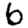
Digit: 6